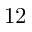
1 2